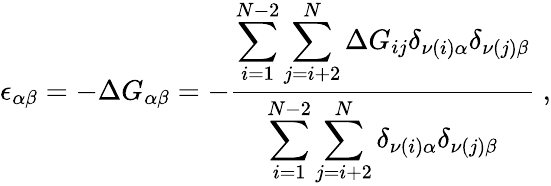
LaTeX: \epsilon_{\alpha\beta}=-\Delta G_{\alpha\beta}=-\frac{\displaystyle\sum_{i=1}^{N-2}\sum_{j=i+2}^{N}\Delta G_{ij}\delta_{\nu(i)\alpha}\delta_{\nu(j)\beta}}{\displaystyle\sum_{i=1}^{N-2}\sum_{j=i+2}^{N}\delta_{\nu(i)\alpha}\delta_{\nu(j)\beta}}~,